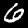
Digit: 6